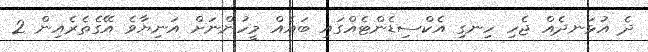
ދެ އުޅަނދެއް ޖެހި ހިނގި އެކްސިޑެންޓެއްގައި ބައެއް މީހުންނަށް އަނިޔާވެ އޭގެތެރެއިން 2